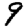
Digit: 9